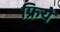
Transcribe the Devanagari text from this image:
फ्रिये